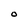
Character: O